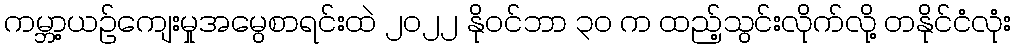
ကမ္ဘာ့ယဉ်ကျေးမှုအမွေစာရင်းထဲ ၂၀၂၂ နိုဝင်ဘာ ၃၀ က ထည့်သွင်းလိုက်လို့ တနိုင်ငံလုံး